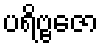
ပရိဗ္ဗဇော